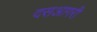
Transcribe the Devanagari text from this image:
दसआगरी